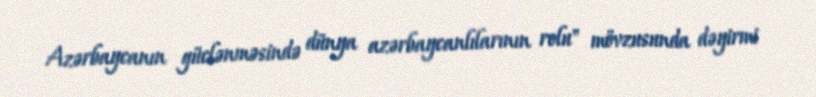
Azərbaycanın güclənməsində dünya azərbaycanlılarının rolu" mövzusunda dəyirmi